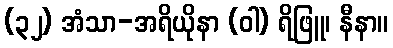
(၃၂) အံသာ-အရိယိုနာ (ဝါ) ရိဖြူ၊ နီနာ။